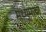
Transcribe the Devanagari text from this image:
मध्यमाचा